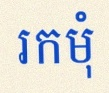
រកមុំ